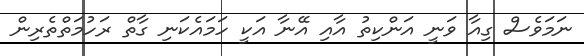
ނަމަވެސް ގިއާ ވަނީ އަންކިތު އާއި އޭނާ އަކީ ހަމައެކަނި ގާތް ރަހުމަތްތެރިން